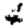
Digit: 4